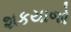
શકયાજો